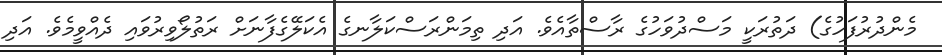
މެންދުރުފަހުގެ) ދަތުރަކީ މަސްދުވަހުގެ ރާސްތާއެވެ. އަދި ތިމަންރަސްކަލާނގެ އެކަލޭގެފާނަށް ރަތުލޯވިރުވައި ދެއްވީމެވެ. އަދި